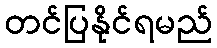
တင်ပြနိုင်ရမည်